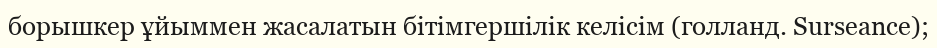
борышкер ұйыммен жасалатын бітімгершілік келісім (голланд. Surseance);